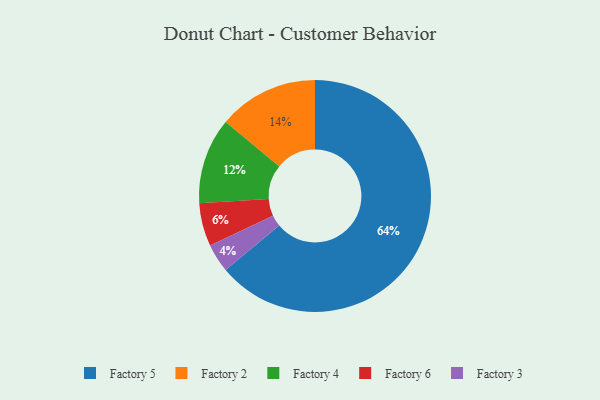
{"axis": {"x": "Category", "y": "Percentage"}, "legend": ["Factory 2", "Factory 3", "Factory 4", "Factory 5", "Factory 6"], "data": [{"x": "Factory 2", "y": 14, "type": "Factory 2"}, {"x": "Factory 5", "y": 64, "type": "Factory 5"}, {"x": "Factory 6", "y": 6, "type": "Factory 6"}, {"x": "Factory 4", "y": 12, "type": "Factory 4"}, {"x": "Factory 3", "y": 4, "type": "Factory 3"}]}